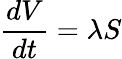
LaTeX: \frac{dV}{dt}=\lambda S